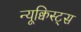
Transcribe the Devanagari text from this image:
न्यूक्विस्ट्स